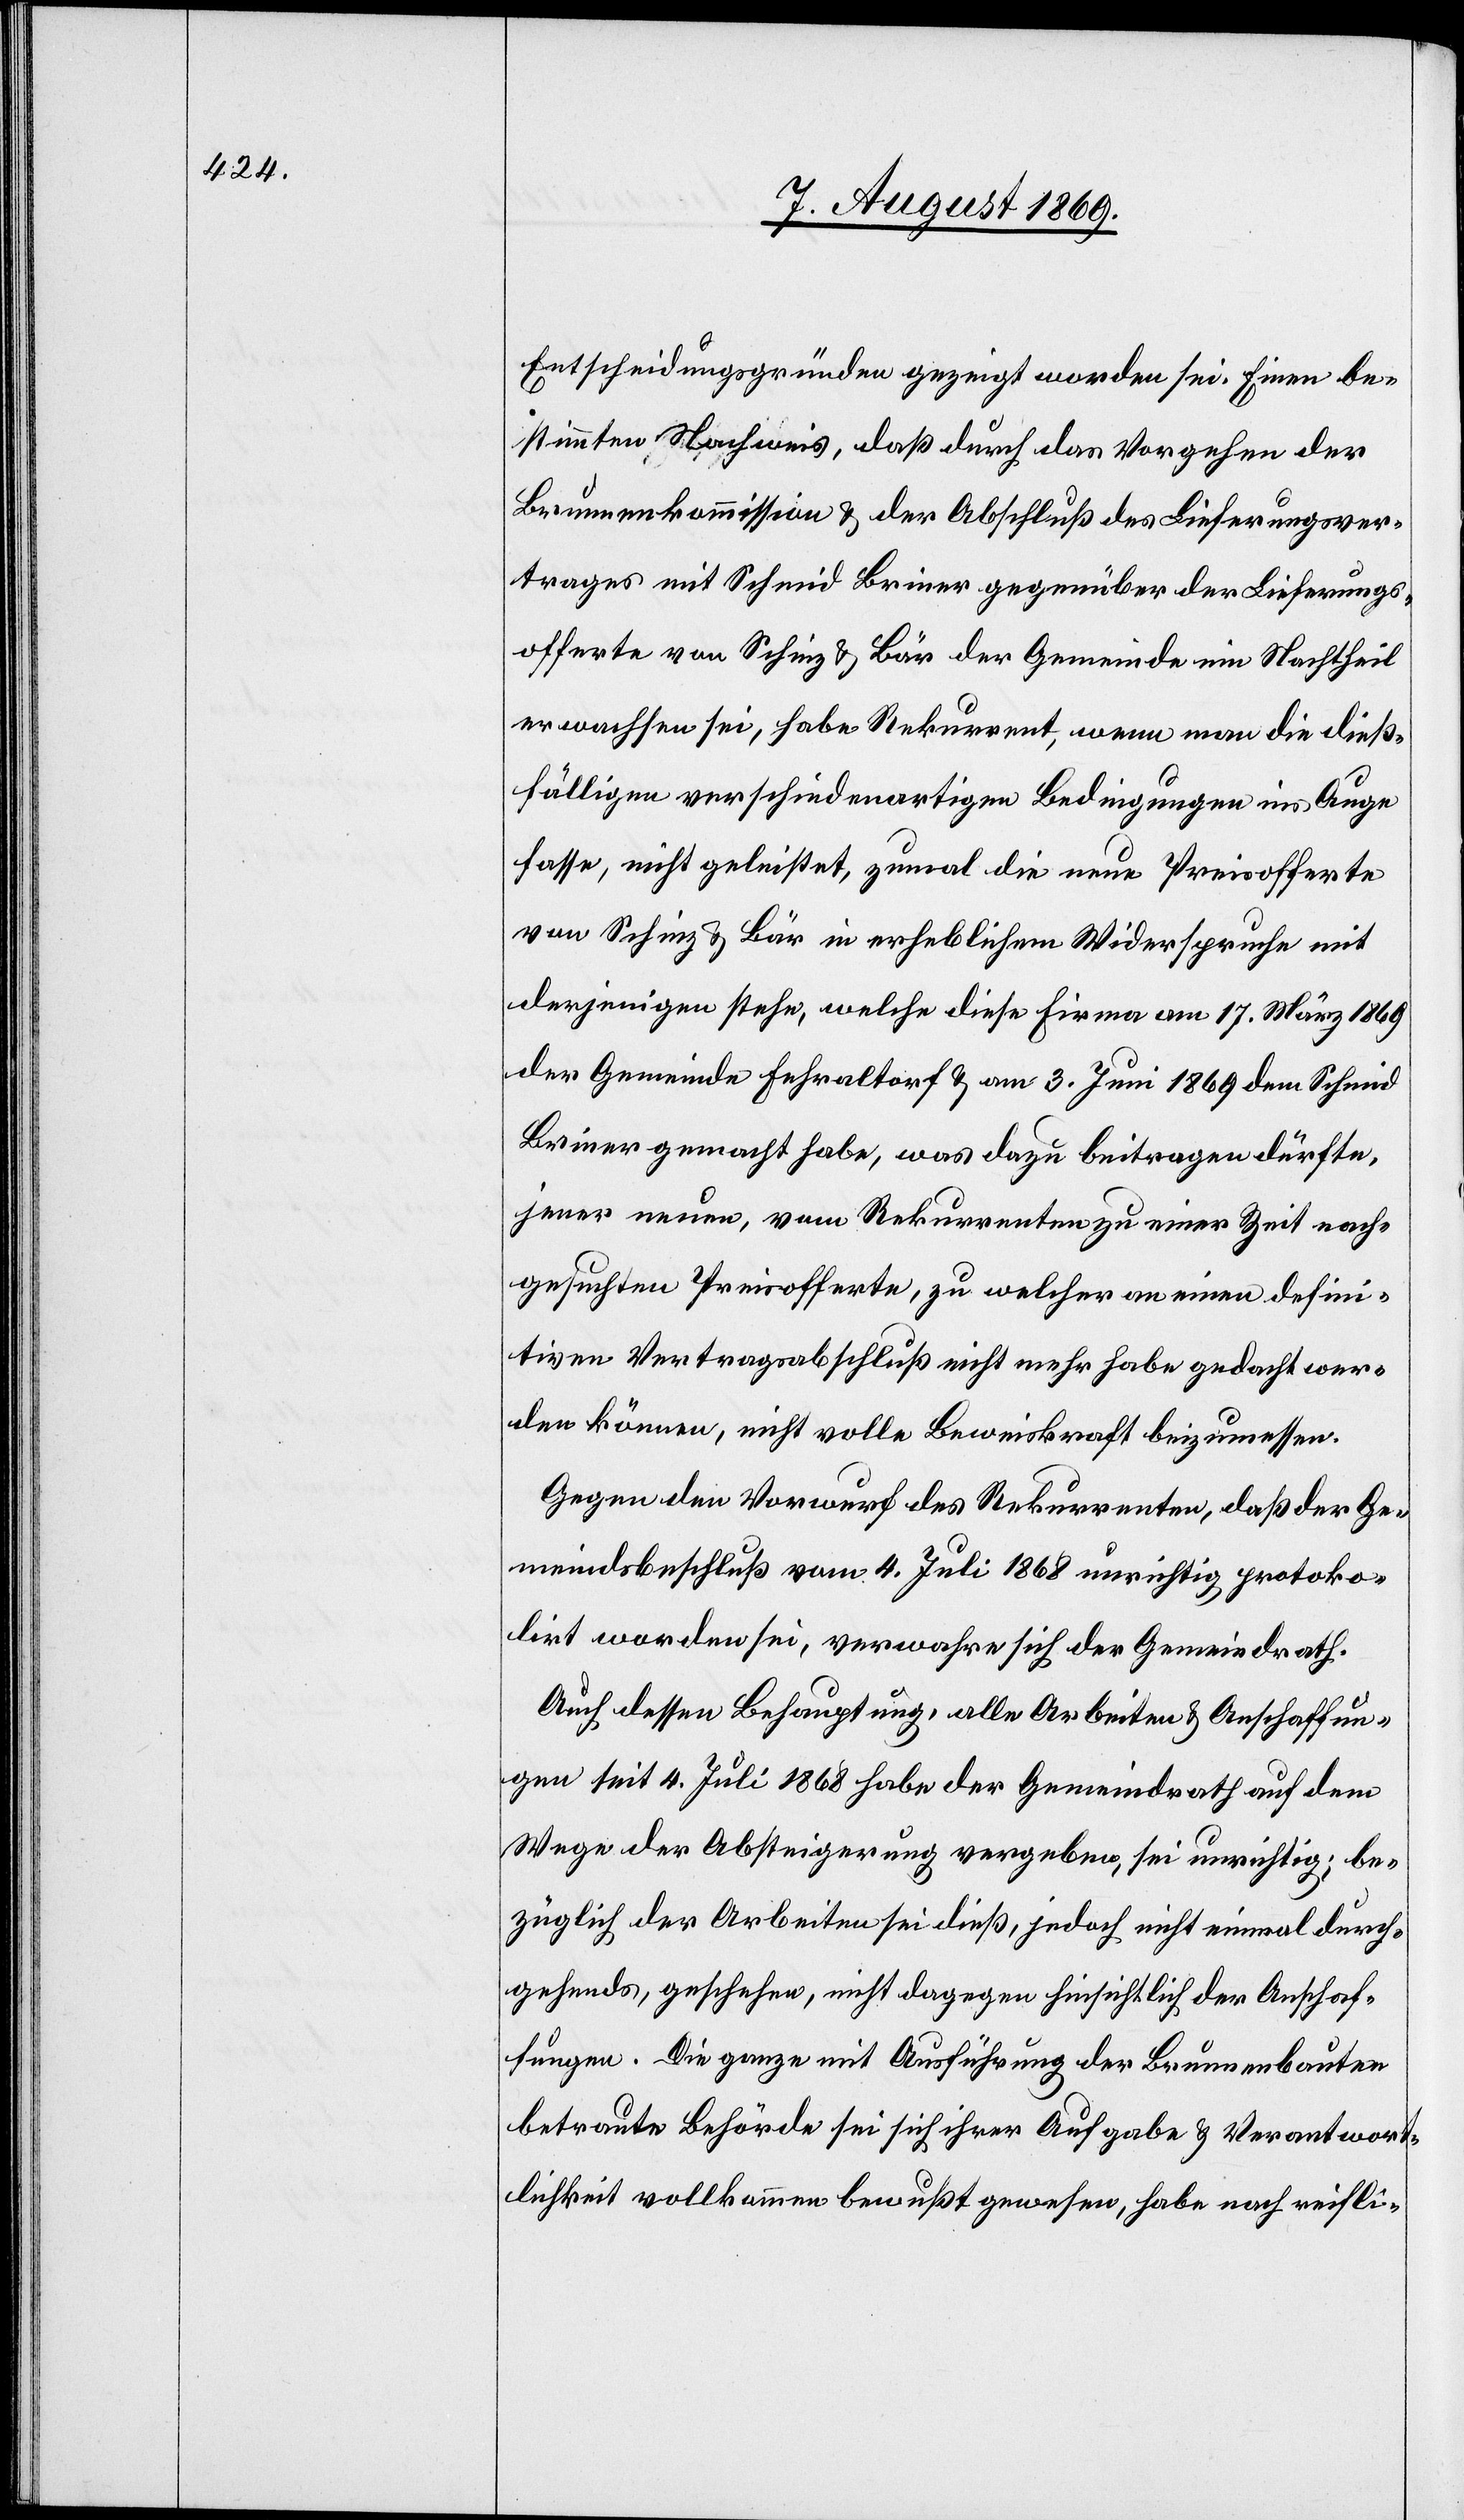
Entscheidungsgründen gezeigt worden sei. Einen be¬
stimmten Nachweis, daß durch das Vorgehen der
Brunnenkommission & der Abschluß des Lieferungsver¬
trages mit Schmid Briner gegenüber der Lieferungs¬
offerte von Schinz & Bär der Gemeinde ein Nachtheil
erwachsen sei, habe Rekurrent, wenn man die dieß¬
fälligen verschiedenartigen Bedingungen ins Auge
fasse, nicht geleistet, zumal die neue Privatofferte
von Schinz & Bär in erheblichem Widerspruche mit
derjenigen stehe, welche diese Firma am 17 März 1869
der Gemeinde Fehraltorf & am 3. Juni 1869 dem Schmid
Briner gemacht habe, was dazu beitragen dürfte,
jener neuen, vom Rekurrenten zu einer Zeit nach¬
gesuchten Privatofferte, zu welcher an einen defini¬
tiven Vertragsabschluß nicht mehr habe gedacht wer¬
den können, nicht volle Beweiskraft beizumessen.
Gegen den Vorwurf des Rekurrenten, daß der Ge¬
meindsbeschluß vom 4. Juli 1868 unrichtig protoko¬
lirt worden sei, verwahre sich der Gemeindrath.
Auch dessen Behauptung, alle Arbeiten & Anschaffun¬
gen seit 4. Juli 1868 habe der Gemeindrath auf dem
Wege der Absteigerung vergeben, sei unrichtig; be¬
züglich der Arbeiten sei dieß, jedoch nicht einmal durch¬
gehends, geschehen, nicht dagegen hinsichtlich der Anschaf¬
fungen. Die ganze mit Ausführung der Brunnenbauten
betraute Behörde sei sich ihrer Aufgabe & Verantwort¬
lichkeit vollkommen bewußt geworden, habe nach reifli-